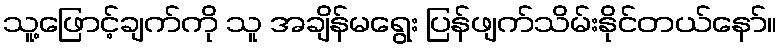
သူ့ဖြောင့်ချက်ကို သူ အချိန်မရွေး ပြန်ဖျက်သိမ်းနိုင်တယ်နော်။